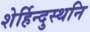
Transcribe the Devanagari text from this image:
शेर्हिन्दुस्थनि